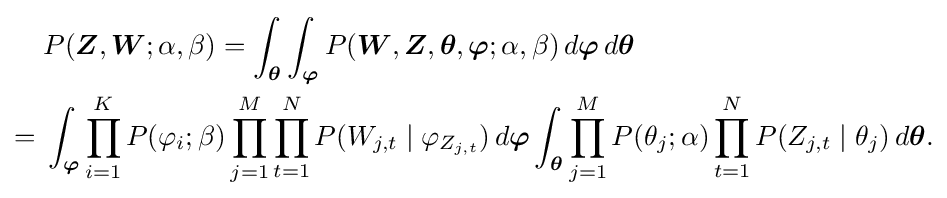
{\begin{aligned}&P({\boldsymbol {Z}},{\boldsymbol {W}};\alpha ,\beta )=\int _{\boldsymbol {\theta }}\int _{\boldsymbol {\varphi }}P({\boldsymbol {W}},{\boldsymbol {Z}},{\boldsymbol {\theta }},{\boldsymbol {\varphi }};\alpha ,\beta )\,d{\boldsymbol {\varphi }}\,d{\boldsymbol {\theta }}\\={}&\int _{\boldsymbol {\varphi }}\prod _{i=1}^{K}P(\varphi _{i};\beta )\prod _{j=1}^{M}\prod _{t=1}^{N}P(W_{j,t}\mid \varphi _{Z_{j,t}})\,d{\boldsymbol {\varphi }}\int _{\boldsymbol {\theta }}\prod _{j=1}^{M}P(\theta _{j};\alpha )\prod _{t=1}^{N}P(Z_{j,t}\mid \theta _{j})\,d{\boldsymbol {\theta }}.\end{aligned}}